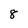
Character: 8